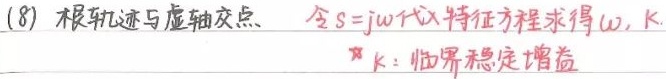
(8) 根轨迹与虚轴交点：令\(s = j\omega\)代入特征方程求得\(\omega\)，\(K\)。（\(K\)：临界稳定增益）